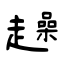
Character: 趮